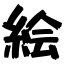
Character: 絵